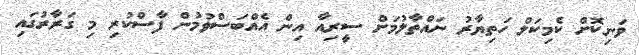
ވަނިކޮށް ކެމިކަލް ހަތިޔާރު ނައްތާލުމަށް ސީރިއާ އިން އެއްބަސްވުމުން ފާސްކުރި މި ގަރާރުގައި